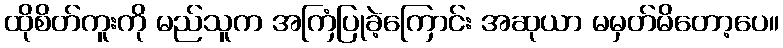
ထိုစိတ်ကူးကို မည်သူက အကြံပြုခဲ့ကြောင်း အဆုယာ မမှတ်မိတော့ပေ။